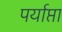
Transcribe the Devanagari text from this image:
पर्याप्ता